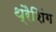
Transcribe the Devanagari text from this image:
थ्रैशिंग